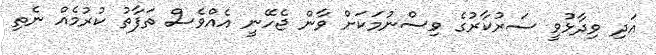
އަދި ވިދާޅުވީ ސަރުކާރުގެ ވިސްނުމަކަށް ވާން ޖެހޭނީ އެއްވެސް ތަފާތު ކުރުމެއް ނެތި